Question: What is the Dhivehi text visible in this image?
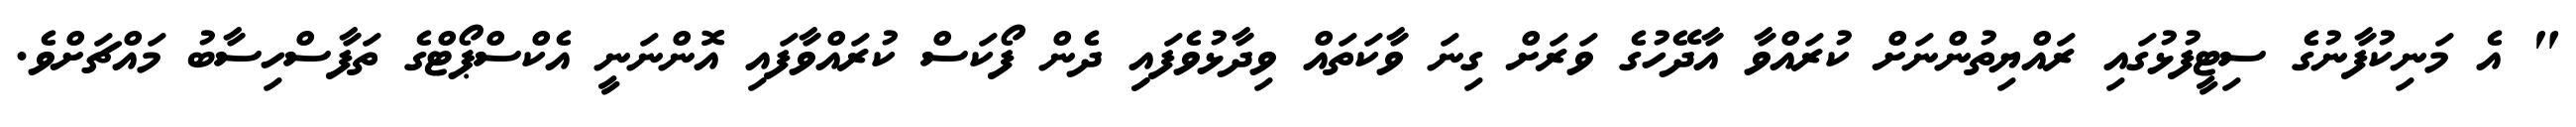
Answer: " އެ މަނިކުފާނުގެ ސިޓީފުޅުގައި ރައްޔިތުންނަށް ކުރައްވާ އާދޭހުގެ ވަރަށް ގިނަ ވާކަތައް ވިދާޅުވެފައިި ދެން ފޯކަސް ކުރައްވާފައި އޮންނަނީ އެކްސްޕޯޓްގެ ތަފާސްހިސާބު މައްޗަށްވެ.